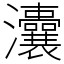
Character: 灢